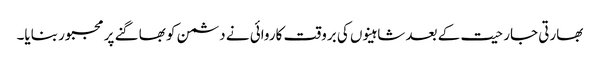
بھارتی جارحیت کے بعد شاہینوں کی بروقت کاروائی نے دشمن کو بھاگنے پر مجبور بنایا۔